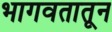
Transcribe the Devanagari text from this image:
भागवतातून